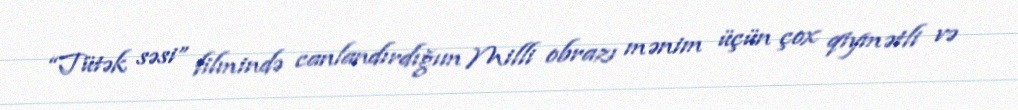
“Tütək səsi” filmində canlandırdığım Milli obrazı mənim üçün çox qiymətli və